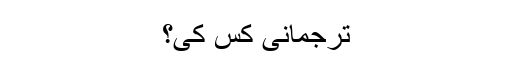
ترجمانی کس کی؟